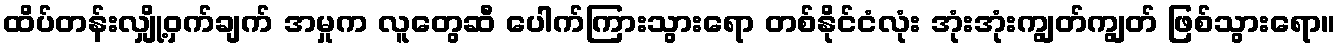
ထိပ်တန်းလျှို့ဝှက်ချက် အမှုက လူတွေဆီ ပေါက်ကြားသွားရော တစ်နိုင်ငံလုံး အုံးအုံးကျွတ်ကျွတ် ဖြစ်သွားရော။